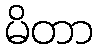
မိတာ